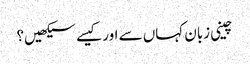
چینی زبان کہاں سے اور کیسے سیکھیں؟